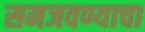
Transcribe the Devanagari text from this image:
समजवण्याचा